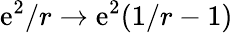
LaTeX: \mathrm{e}^{2}/r\to\mathrm{e}^{2}(1/r-1)